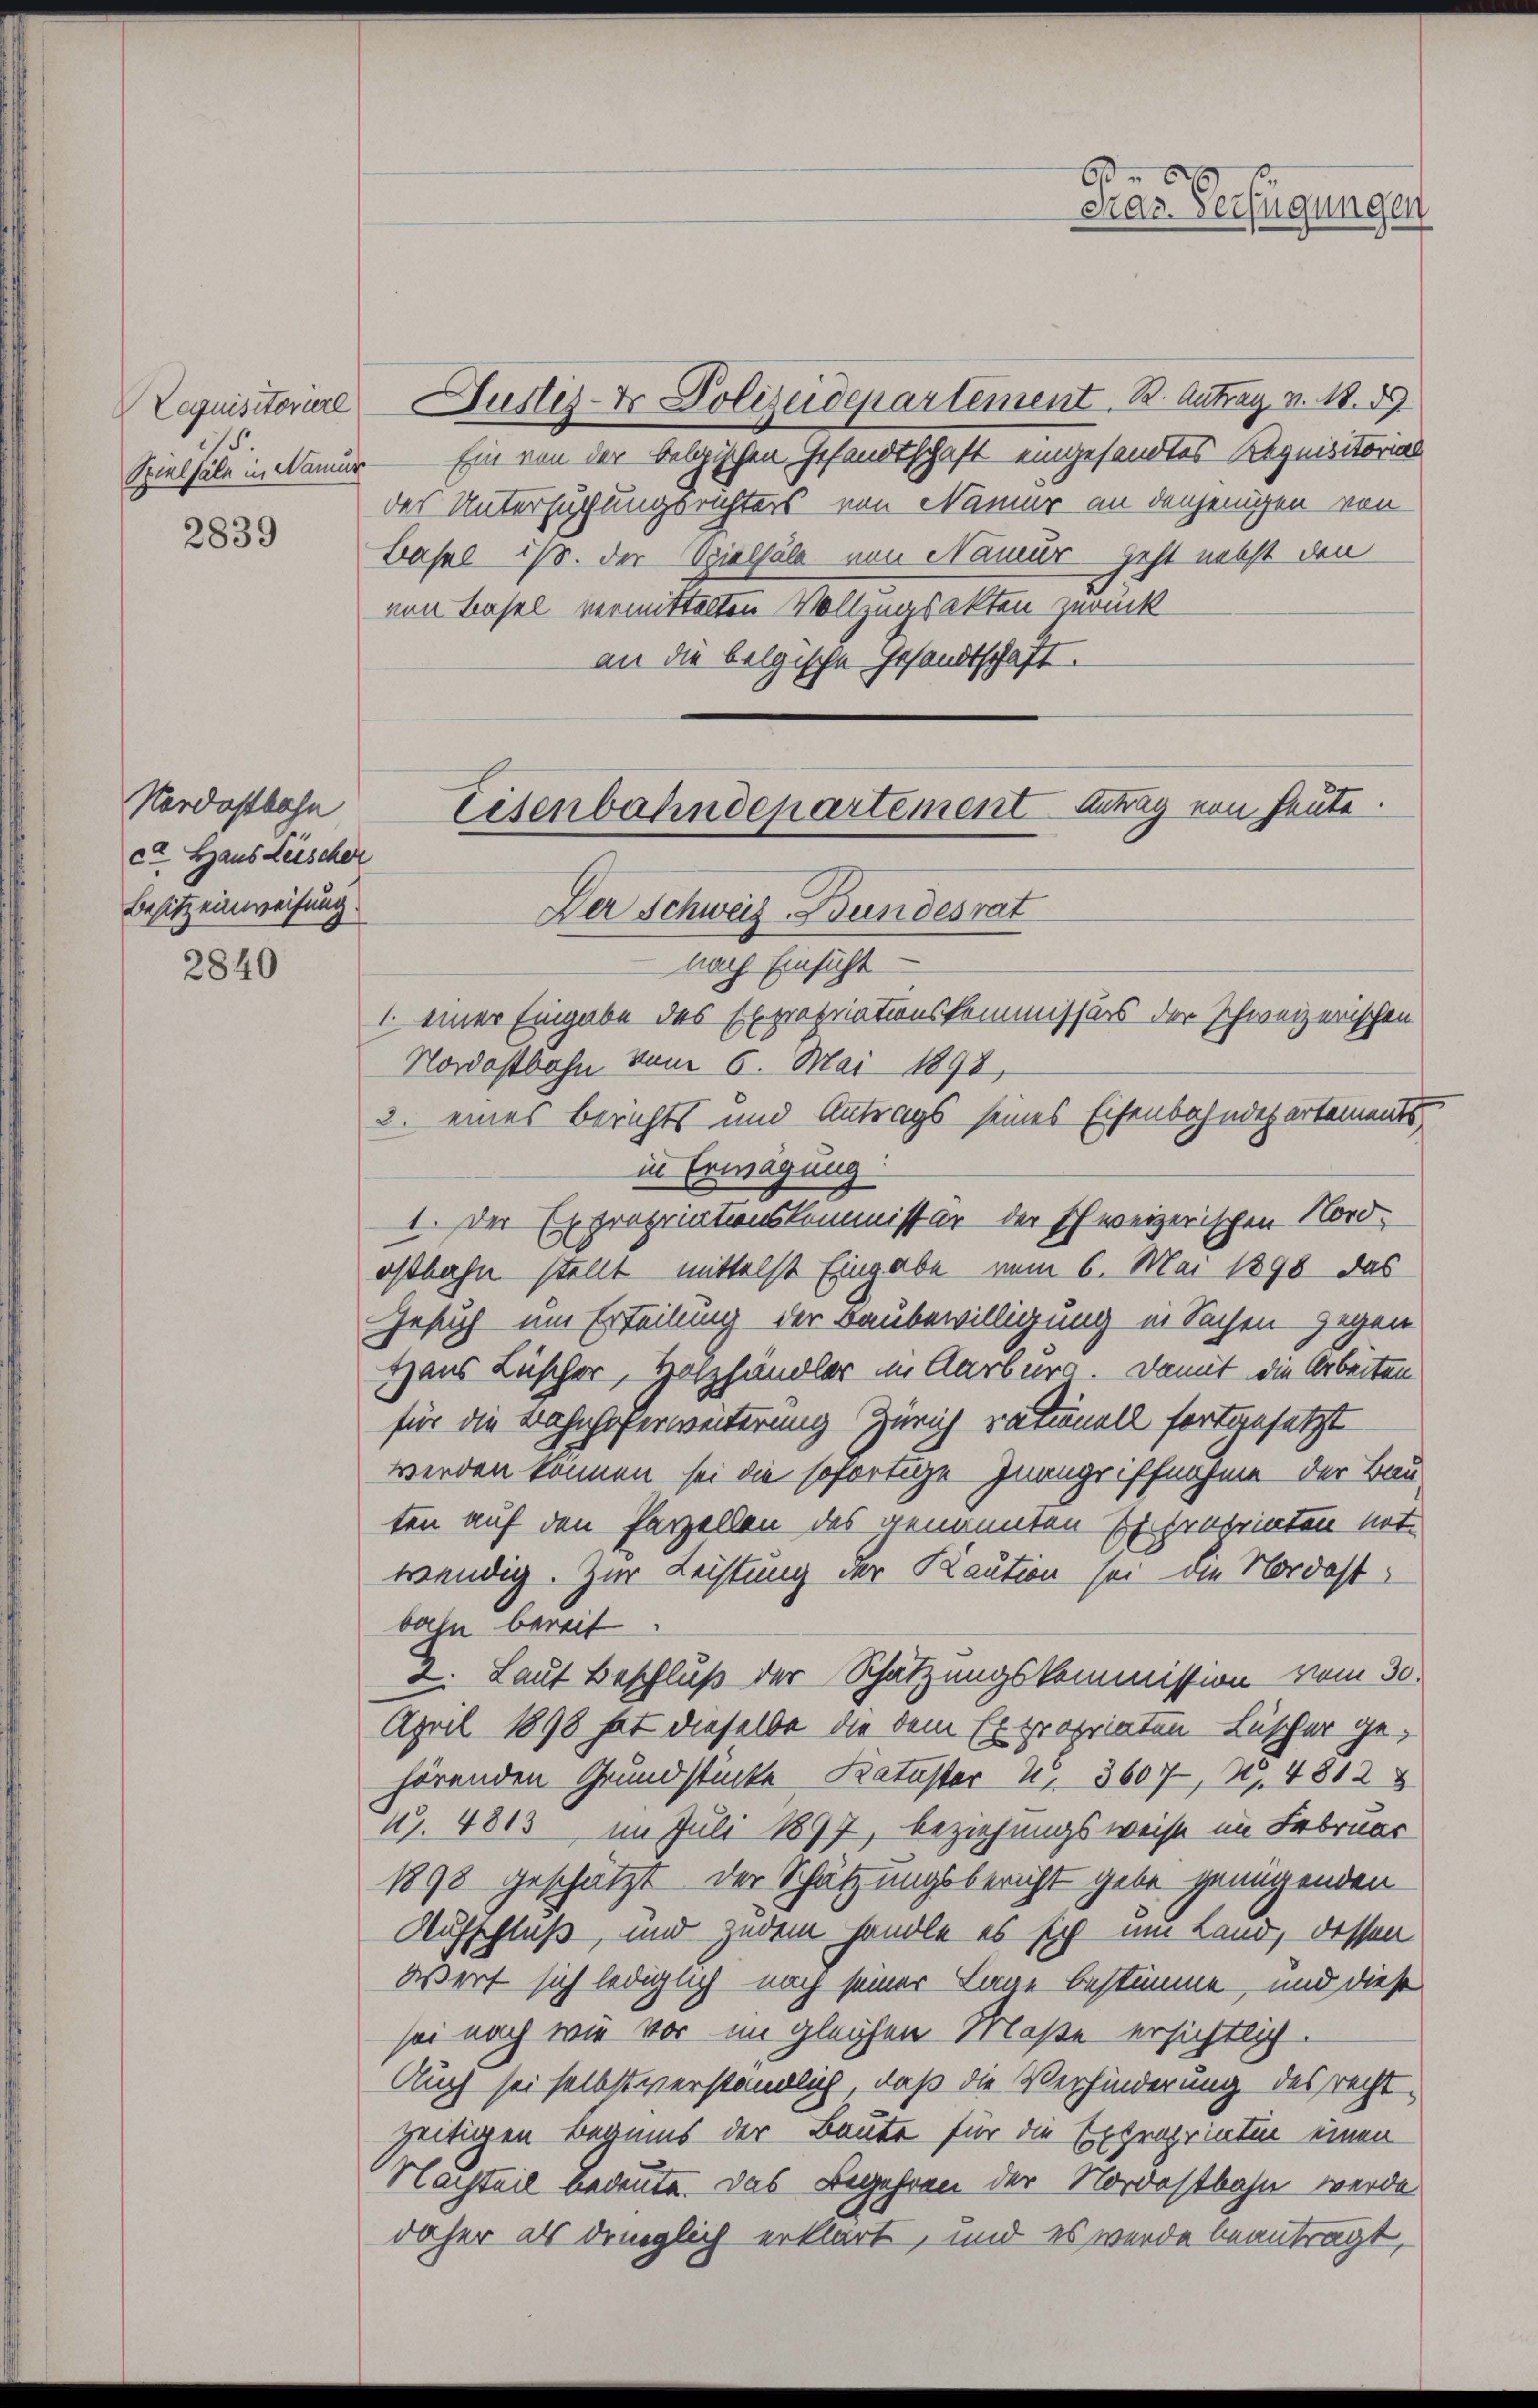
Laquisitoriere
is.
2839

Nordostbahn
ca Haus Leischer
Besitzeinweisung

2840

Justiz- & Polizeidepartement. R. Antrag v. 18. d.
Spielsäle in Namur. — Ein von der belgischen Gesandtschaft eingesandtes Requisitorial
der Untersuchungsrichters von Namer an denjenigen von
Basel ist. Der Spielsäle von Namur geht nebst den
von Basel vermittelten Vollzugsakten zurück
an die belgische Gesandtschaft.

60
Graz. Verfügungen

Eisenbahndepartement Antrag von heute.

Der Schweiz. Bundesrat
nach Einsicht
1. einer Eingabe des Expropriationskommissärs der schweizerischen
Nordostbahn vom 6. Mai 1898,
2. eines Berichts und Antrags seines Eisenbahndepartements
in Erwägung
I. Der Expropriationskommissor der schweizerischen Nordostbahn stellt mittelst Eingabe vom 6. Mai 1898 das
Gesuch um Erteilung der Baubewilligung in Sachen gegen
Haus Lüscher, Holzhändler im Aarburg. Damit die Arbeiten
für die Bahnhoferweiterung Zürich rationell fortgesetzt
werden können sei die sofortige Inangriffnahme der Bau
ten auf den Parzellen des genannten Exproprinten not
wendig. Zur Leistung der Kaution sei die Nordostbaln bereit
2. Laut Beschluß der Schätzungskommission vom 30.
April 1898 hat dieselbe die dem Expropriaten Lüscher gehörenden Grundstücke Kataster 2. 3607, 27. 4812
½. 4813, im Juli 1897, beziehungsweise im Februar
1898 geschätzt der Schätzungsbericht gebe genügenden
Aufschluß, und zudem handle es sich um Land, dessen
wert sich lediglich noch seiner Lage bestimme, und diese
sei noch wie vor im gleichen Maße ersichtlich.
Auch sei selbst verständlich, daß die Verhinderung des recht
zeitigen Beginns der Baute für die Expropriaten einen
Nachteil bedeute. Das Begehren der Nordostbahn werde
daher als dringlich erklärt, und es wurde beantragt,